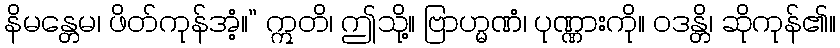
နိမန္တေမ၊ ဖိတ်ကုန်အံ့။” ဣတိ၊ ဤသို့။ ဗြာဟ္မဏံ၊ ပုဏ္ဏားကို။ ဝဒန္တိ၊ ဆိုကုန်၏။